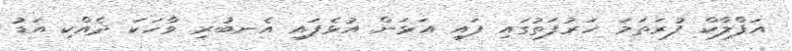
އަފްލާކް ފުރަތަމަ ހަރުފަތުގައި ފައި އަޅަން އުޅެފައި އެނބުރި ވާހަކަ ދެއްކި އަޑު